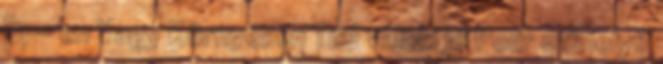
Bp- en Vagy Környékén Tud valaki jó Polír műhelyt